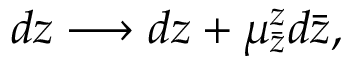
d z \longrightarrow d z + \mu _ { \bar { z } } ^ { z } d \bar { z } ,